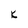
Character: K